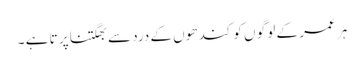
ہر عمر کے لو گو ں کو کند ھوں کے درد سے بھگتنا پر تا ہے ۔